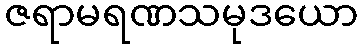
ဇရာမရဏသမုဒယော